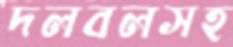
দলবলসহ